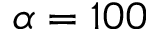
\alpha = 1 0 0